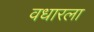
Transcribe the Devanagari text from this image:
वधारला